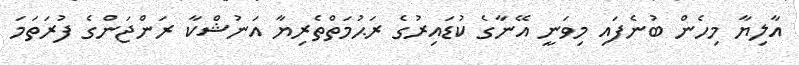
އާލިޔާ މިހެން ބުނެފައި މިވަނީ އޭނާގެ ކުޑައިރުގެ ރަޙުމަތްތެރިޔާ އަނުޝްކާ ރަންޖަންގެ ފުރަތަމަ